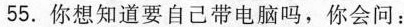
55.你想知道要自己带电脑吗，你会问：